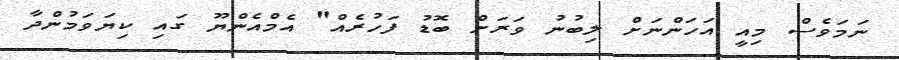
ނަމަވެސް މިއީ އަހަންނަށް ލިބުނު ވަރަށް ބޮޑު ފަހުރެއް" އެމްއެންޔޫ ގައި ކިޔަވަމުންދާ